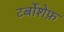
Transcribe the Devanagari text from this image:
टर्बोशेफ़